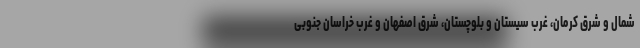
شمال و شرق کرمان، غرب سیستان و بلوچستان، شرق اصفهان و غرب خراسان جنوبی